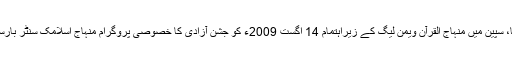
اس سلسلہ میں بارسلونا، سپین میں منہاج القرآن ویمن لیگ کے زیراہتمام 14 اگست 2009ء کو جشن آزادی کا خصوصی پروگرام منہاج اسلامک سنٹر بارسلونا میں منعقد کیا گیا۔